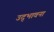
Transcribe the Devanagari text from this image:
उद्‌भावना